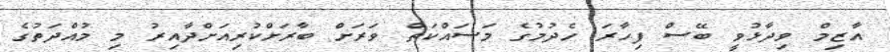
އާޒިމް ވިދާޅުވީ ބޭސް ފިހާރަ ހެދުމުގެ މަސައްކަތް ވަރަށް ބާރަށްކުރިއަށްދާއިރު މި މުއްދަތުގެ